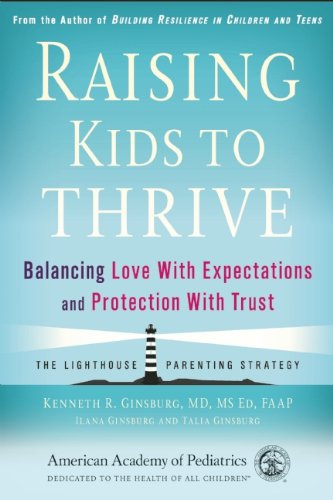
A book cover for Raising Kids to Thrive: Balancing Love With Expectations and Protection With Trust; M.D. Kenneth R. Ginsburg MD  FAAP; Parenting & Relationships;